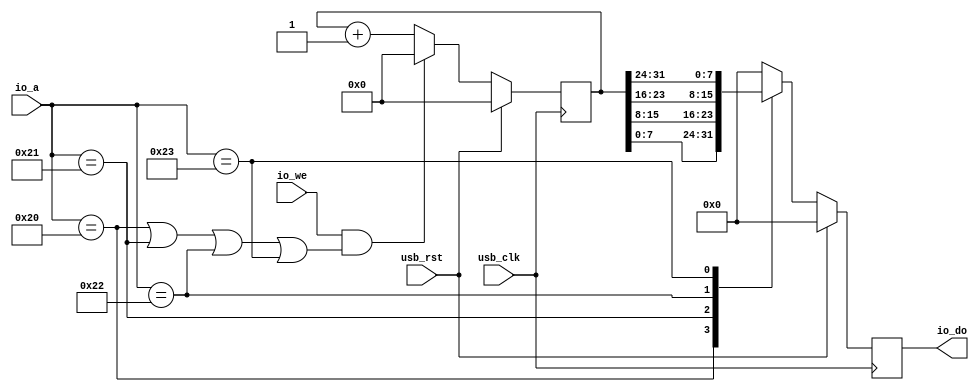
module softusb_timer(
	input usb_clk,
	input usb_rst,

	input io_we,
	input [5:0] io_a,
	output reg [7:0] io_do
);

reg [31:0] counter;

always @(posedge usb_clk) begin
	if(usb_rst) begin
		counter <= 32'd0;
		io_do <= 8'd0;
	end else begin
		io_do <= 8'd0;
		case(io_a)
			6'h20: io_do <= counter[7:0];
			6'h21: io_do <= counter[15:8];
			6'h22: io_do <= counter[23:16];
			6'h23: io_do <= counter[31:24];
		endcase
		if(io_we & ((io_a == 6'h20)|(io_a == 6'h21)|(io_a == 6'h22)|(io_a == 6'h23)))
			counter <= 32'd0;
		else
			counter <= counter + 32'd1;
	end
end

endmodule